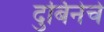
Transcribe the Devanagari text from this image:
दुर्बिनेचे